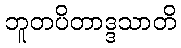
ဘူတပိတာဒ္ဒသာတိ